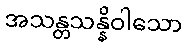
အသန္တသန္နိဝါသော